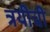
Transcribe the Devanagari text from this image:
त्रयीची